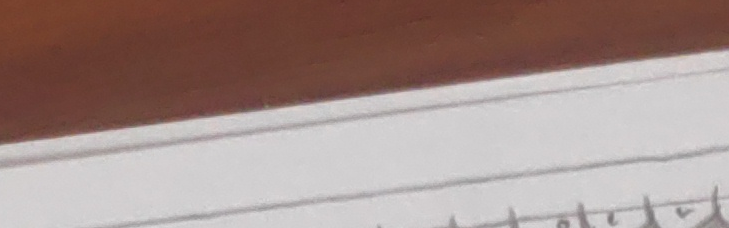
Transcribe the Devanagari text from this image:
१०८९७६५४३२१०